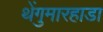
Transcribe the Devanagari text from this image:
थेंगुमारहाडा